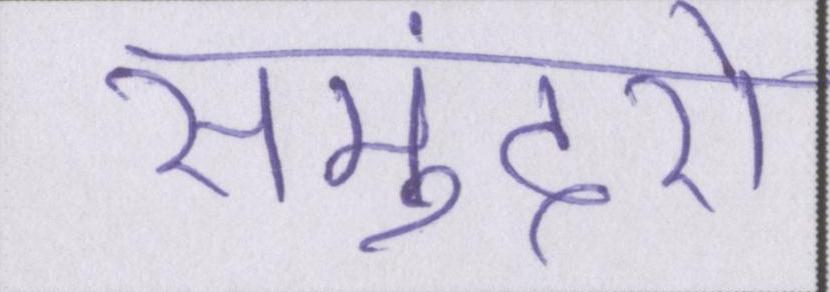
समुंदरों